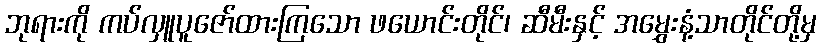
ဘုရားကို ကပ်လှူပူဇော်ထားကြသော ဖယောင်းတိုင်၊ ဆီမီးနှင့် အမွှေးနံ့သာတိုင်တို့မှ